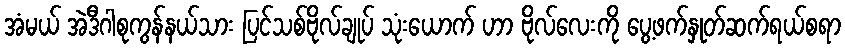
အံမယ် အဲဒီဂါစုကွန်နယ်သား ပြင်သစ်ဗိုလ်ချုပ် သုံးယောက် ဟာ ဗိုလ်လေးကို ပွေ့ဖက်နှုတ်ဆက်ရယ်စရာ